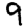
Digit: 9